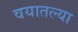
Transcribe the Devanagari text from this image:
वयातल्या